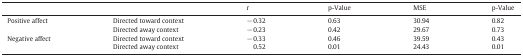
|  |  | r | p-Value | MSE | p-Value |
 | --- | --- | --- | --- | --- | --- |
 | <ROWSPAN=2> Positive affect | Directed toward context | − 0.32 | 0.63 | 30.94 | 0.82 |
 | Directed away context | − 0.23 | 0.42 | 29.67 | 0.73 |
 | <ROWSPAN=2> Negative affect | Directed toward context | − 0.33 | 0.46 | 39.59 | 0.43 |
 | Directed away context | 0.52 | 0.01 | 24.43 | 0.01 |